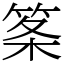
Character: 筿